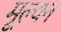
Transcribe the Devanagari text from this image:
मूल्‍यन